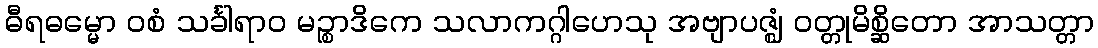
ဓီရဓမ္မော ဝစံ သင်္ခါရာဝ မဉ္စာဒိကေ သလာကဂ္ဂါဟေသု အဗျာပဇ္ဈံ ဝတ္တုမိစ္ဆိတော အာသတ္တာ